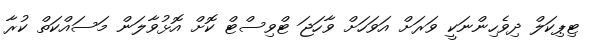
ޓިޕިކަލް ދިވެހިންނަކީ ވަރަށް އަވަހަށް ވާހަޖަ ޓްވިސްޓް ކޮށް އޮޅުވާލަން މަސައްކަތް ކުރާ